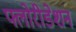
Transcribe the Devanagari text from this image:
फ्लोरीडेशन